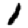
Digit: 1